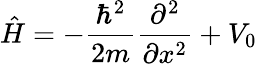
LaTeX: {\hat{H}}=-{\frac{\hbar^{2}}{2m}}{\frac{\partial^{2}}{\partial x^{2}}}+V_{0}